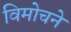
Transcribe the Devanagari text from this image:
विमोचने